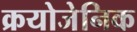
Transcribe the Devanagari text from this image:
क्रयोजेनिक